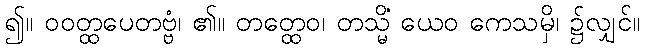
၍။ ဝဝတ္ထပေတဗ္ဗံ၊ ၏။ တတ္ထေဝ၊ တသ္မိံ ယေဝ ကေသမှိ၊ ၌လျှင်။